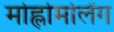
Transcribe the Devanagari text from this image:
मोह्लोमोलेंग